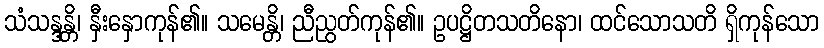
သံသန္ဒန္တိ၊ နှီးနှောကုန်၏။ သမေန္တိ၊ ညီညွတ်ကုန်၏။ ဥပဋ္ဌိတသတိနော၊ ထင်သောသတိ ရှိကုန်သော